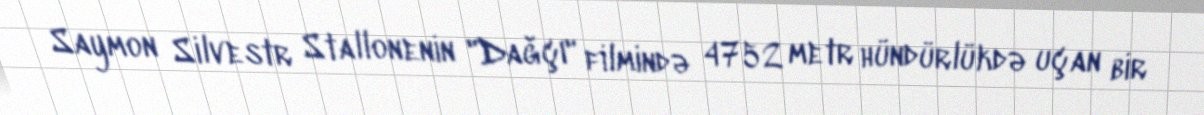
Saymon Silvestr Stallonenin "Dağçı" filmində 4752 metr hündürlükdə uçan bir